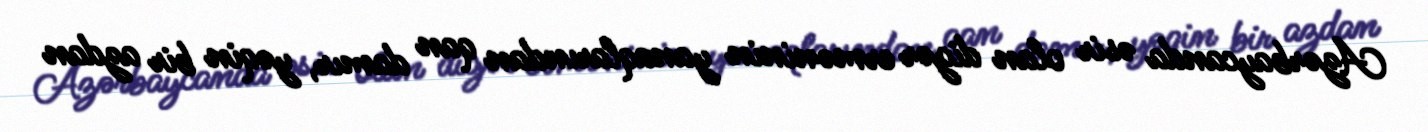
Azərbaycanda əsir olan digər erməninin yanaqlarından qan damır, yəqin bir azdan